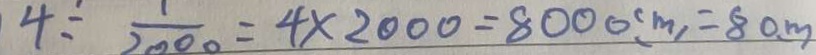
4 \div \frac { 1 } { 2 0 0 0 } = 4 \times 2 0 0 0 = 8 0 0 0 ( m ) = 8 0 m